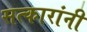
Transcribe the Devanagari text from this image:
सत्कारांनी